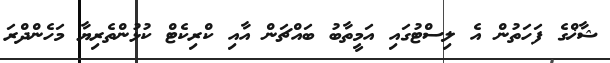
ޝާޚްގެ ފަހަތުން އެ ލިސްޓުގައި އަމީތާބު ބައްޗަން އާއި ކްރިކެޓް ކުޅުންތެރިޔާ މަހެންދްރަ